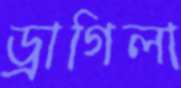
ড্রাগিলা